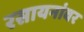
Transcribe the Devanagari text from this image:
रसायनांवर